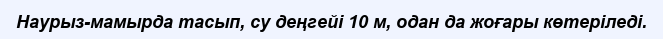
Наурыз-мамырда тасып, су деңгейі 10 м, одан да жоғары көтеріледі.